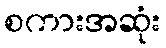
စကားအဆုံး